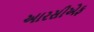
આરસીએફ